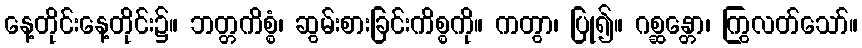
နေ့တိုင်းနေ့တိုင်း၌။ ဘတ္တကိစ္စံ၊ ဆွမ်းစားခြင်းကိစ္စကို။ ကတွာ၊ ပြု၍။ ဂစ္ဆန္တော၊ ကြွလတ်သော်။